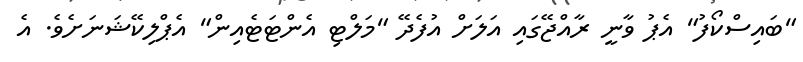
"ބައިސްކޯފު" އެޕު ވާނީ ރާއްޖޭގައި އަލަށް އުފެދޭ "މަލްޓި އެންޓަޓެއިން" އެޕްލިކޭޝަނަށެވެ. އެ